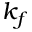
k _ { f }